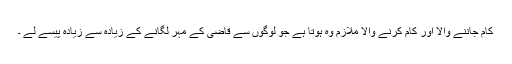
کام جاننے والا اور کام کرنے والا ملازم وہ ہوتا ہے جو لوگوں سے قاضی کے مہر لگانے کے زیادہ سے زیادہ پیسے لے ۔